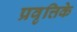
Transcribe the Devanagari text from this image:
प्रवृत्तिके